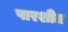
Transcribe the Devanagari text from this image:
पारशीत